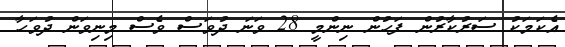
އެކަމަކު ސަރުކާރުން ފަހުން ނިންމީ 28 ވަނަ ދުވަސް ވެސް މިނިވަން ދުވަހާ